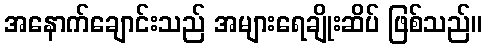
အနောက်ချောင်းသည် အများရေချိုးဆိပ် ဖြစ်သည်။